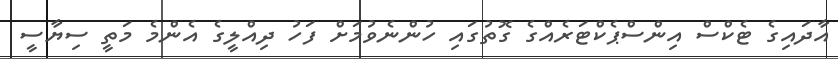
އާދައިގެ ޓެކްސް އިންސްޕެކްޓަރެއްގެ ގޮތުގައި ހުންނެވުމަށް ފަހު ދިއްލީގެ އެންމެ މަތީ ސިޔާސީ